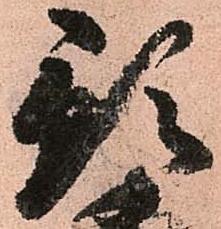
預